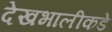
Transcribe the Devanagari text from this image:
देखभालीकडे